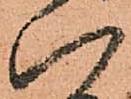
八